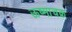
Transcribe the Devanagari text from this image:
ऊष्माचक्र